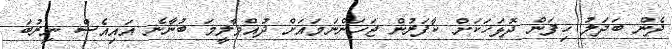
ދެން ބަދަލު ހިފަން ދޮޅަހަކަށް ކާފަރުން ޖަހަންނަމައަށް ދުއްވާލީމަ ބުނާނެ އައިއެސް ނިރުބަ